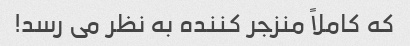
که کاملاً منزجر کننده به نظر می رسد!